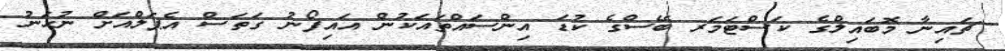
ޗައިނާ މޮބައިލްގެ ކަސްޓަމަރ ބޭސްގެ ކުޑަ އިންސައްތައަކުން އައިފޯނު ގަތަސް އެޕަލްއަށް ނުހަނު